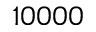
1 0 0 0 0